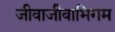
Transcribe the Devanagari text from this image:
जीवाजीवाभिगम